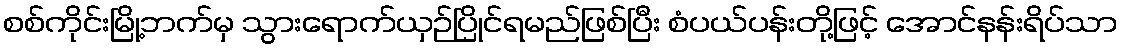
စစ်ကိုင်းမြို့ဘက်မှ သွားရောက်ယှဉ်ပြိုင်ရမည်ဖြစ်ပြီး စံပယ်ပန်းတို့ဖြင့် အောင်နန်းရိပ်သာ